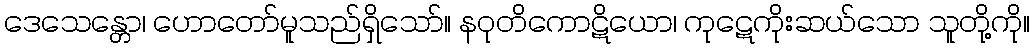
ဒေသေန္တော၊ ဟောတော်မူသည်ရှိသော်။ နဝုတိကောဋိယော၊ ကုဋေကိုးဆယ်သော သူတို့ကို။